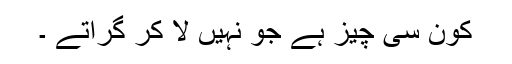
کون سی چیز ہے جو نہیں لا کر گراتے ۔